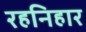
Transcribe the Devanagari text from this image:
रहनिहार